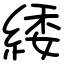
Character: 緌